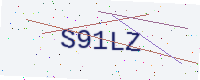
Text: S91LZ